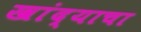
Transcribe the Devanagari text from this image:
खांद्याचा